Vaccination report Assam 1896-1927 - 1896-1927
Year: 1896
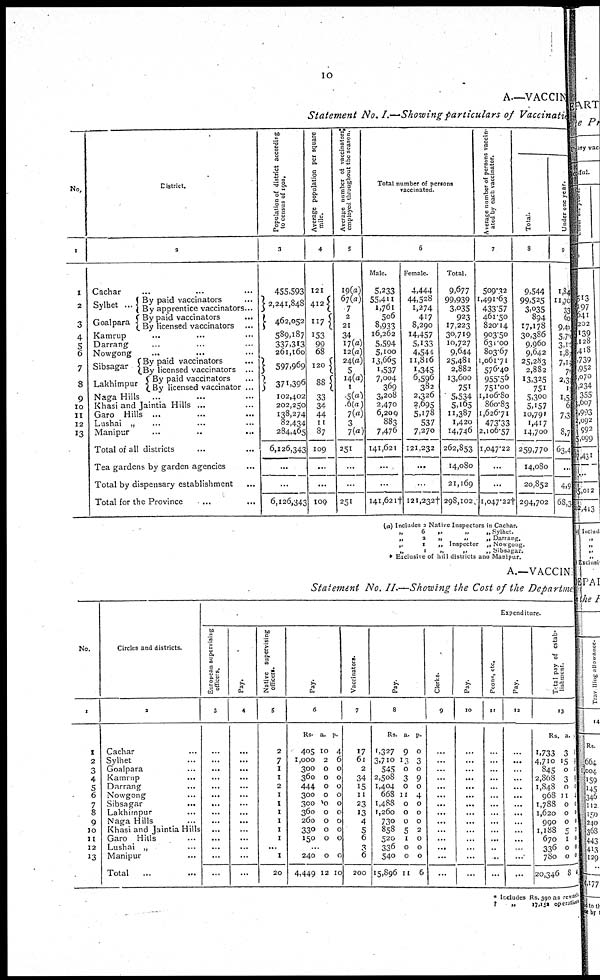
10
A—VACCINE
Statement No. I.—Showing particulars of Vaccination
No.
1
1
2
3
4
5
6
7
8
9
10
11
12
13
District.
2
Cachar...
...
...
...
Sylhet ...
Goalpara
By paid vaccinators ...
By apprentice vaccinators...
By paid vaccinators...
By licensed vaccinators
...
Kamrup... ... ...
Darrang... ... ...
Nowgong... ... ...
Sibsagar
Lakhimpur
By paid vaccinators...
By licensed vaccinators...
By paid vaccinators...
By licensed vaccinator ...
Naga Hills... ... ...
Khasi and Jaintia Hills...
Garo Hills ... ... ...
Lushai „ ... ... ...
Manipur... ... ...
Total of all districts... ... ...
Tea gardens by garden agencies... ...
Total by dispensary establishment...
Total for the Province... ...
Population of district according
to census of 1901.
3
455,593
2,241,848
462,052
589,187
337,313
261,160
597,969
371,396
102,402
202,250
138,274
82,434
284,465
6,126,343
...
...
6,126,343
Average population per square
mile.
4
121
412
117
153
99
68
120
88
33
34
44
11
87
109
...
...
109
Average number of vaccinators
employed throughout the season.
5
19(a)
67(a)
7
2
21
34
17(a)
12(a)
24(a)
5
14(a)
1
5(a)
6(a)
7(a)
3
7(a)
251
...
...
251
Total number of persons
vaccinated.
6
Male.
5,233
55,411
1,761
506
8,933
16,262
5,594
5,100
13,665
1,537
7,004
369
3,208
2,470
6,209
883
7,476
141,621
...
...
141,621†
Female.
4,444
44,528
1,274
417
8,290
14,457
5,133
4,544
11,816
1,345
6,596
382
2,326
2,695
5,178
537
7,270
121,232
...
...
121,232†
Total.
9,677
99,939
3,035
923
17,223
30,719
10,727
9,644
25,481
2,882
13,600
751
5,534
5,165
11,387
1,420
14,746
262,853
14,080
21,169
298,102
Average number of persons vaccin-
ated by each vaccinator.
7
509.32
1,491.63
433.57
461.50
820.14
903.50
631.00
803.67
1,061.71
576.40
955.56
751.00
1,106.80
860.83
1,626.71
473.33
2,106.57
1,047.22
...
...
1,047.22†
Total.
8
9,544
99,525
3,035
894
17,178
30,386
9,960
9,642
25,283
2,882
13,325
751
5,300
5,157
10,791
1,417
14,700
259,770
14,080
20,852
294,702
Under one year.
9
1,84
11,70
33
60
9,40
5,7
3,10
1,8
7,1
7
2,3
1
1,5
6
7,3
8,7
63,4
...
4,9
68,3
(a) Includes 2 Native Inspectors in Cachar.
„
6
„
„
„Sylhet.
„
2
„
„
„ Darrang.
„
1
„ Inspector „ Nowgong.
„
1
„
„
„ Sibsagar.
* Exclusive of hill districts and Manipur.
A.—VACCINE
Statement No. II.—Showing the Cost of the Department
No.
1
1
2
3
4
5
6
7
8
9
10
11
12
13
Circles and districts.
2
Cachar...
Sylhet...
Goalpara...
Kamrup...
Darrang...
Nowgong...
Sibsagar...
Lakhimpur...
Naga Hills...
khasi and Jaintia Hills
Garo Hills...
Lushai „ ...
Manipur„ ...
Total...
Expenditure.
European supervising
officers.
3
...
...
...
...
...
...
...
...
...
...
...
...
...
...
Pay.
4
...
...
...
...
...
...
...
...
...
...
...
...
...
...
Native supervising
officers.
5
2
7
1
1
2
1
1
1
1
1
1
...
1
20
Pay.
6
Rs.
405
1,000
300
360
444
300
300
360
260
330
150
a.
10
2
0
0
0
0
0
0
0
0
0
p.
4
6
0
0
0
0
0
0
0
0
0
...
240
4,449
0
12
0
10
Vaccinators.
7
17
61
2
34
15
11
23
13
4
5
6
3
6
200
Pay.
8
Rs.
1,327
3,710
545
2,508
1,404
668
1,488
1,260
730
858
520
336
540
15,896
a.
9
13
0
3
0
11
0
0
0
5
1
0
0
11
p.
0
3
0
9
0
4
0
0
0
2
0
0
0
6
Clerks.
9
...
...
...
...
...
...
...
...
...
...
...
...
...
...
Pay.
10
...
...
...
...
...
...
...
...
...
...
...
...
...
...
Peons, etc.
11
...
...
...
...
...
...
...
...
...
...
...
..
..
...
Pay.
12
...
...
...
...
...
...
...
...
...
...
...
...
...
...
Total pay of estab-
lishment.
13
Rs.
1,733
4,710
845
2,868
1,848
968
1,788
1,620
990
1,188
670
336
780
20,346
a.
3
15
0
3
0
11
0
0
0
5
1
0
0
8
p.
4
9
0
9
0
4
0
0
0
2
0
0
0
4
* Includes Rs. 390 as rewards
†
„
17,152 operations